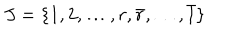
J = \{ 1 , 2 , \dots , r , \bar { r } , \dots , \bar { 1 } \}